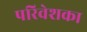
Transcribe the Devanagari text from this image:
परिवेशका